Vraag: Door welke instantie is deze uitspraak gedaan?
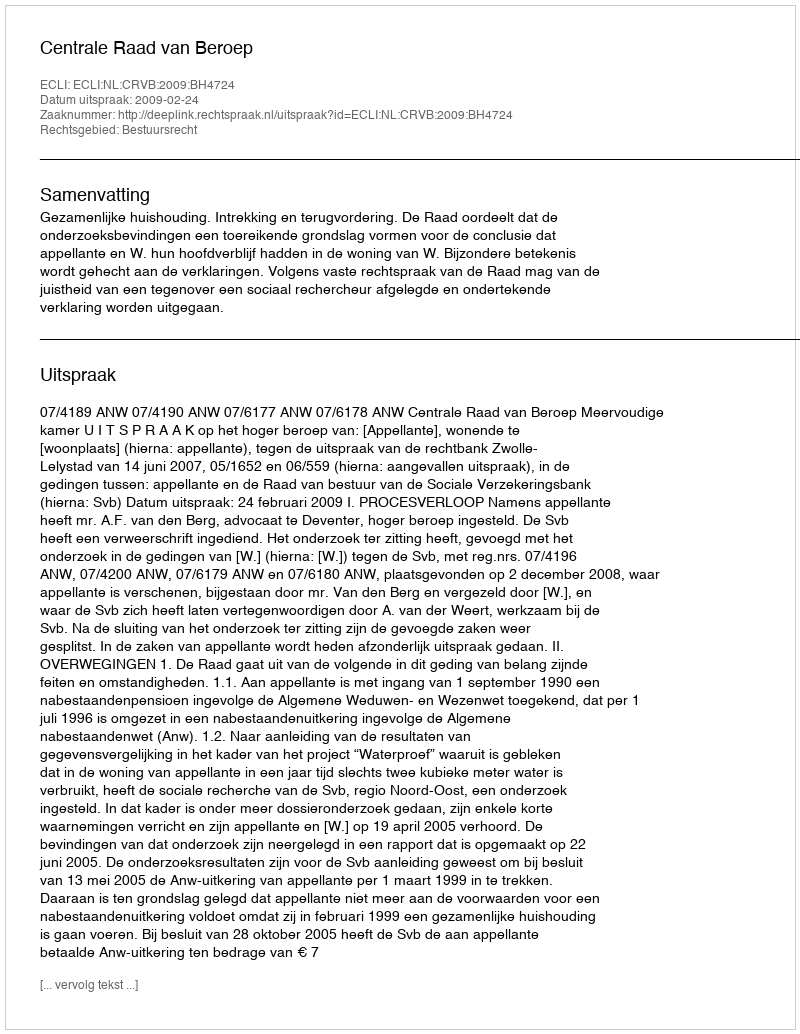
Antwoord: Centrale Raad van Beroep